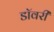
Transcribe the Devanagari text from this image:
डॉवरी